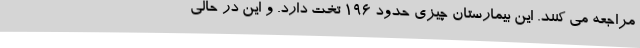
مراجعه می کنند. این بیمارستان چیزی حدود 196 تخت دارد. و این در حالی